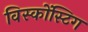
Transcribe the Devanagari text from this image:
विस्कोंस्टिग